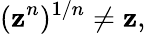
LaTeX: (\mathbf{z}^{n})^{1/n}\neq\mathbf{z},